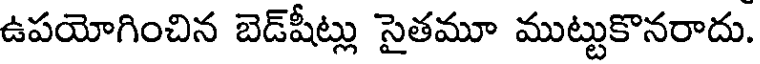
ఉపయోగించిన బెడ్షీట్లు సైతమూ ముట్టుకొనరాదు.